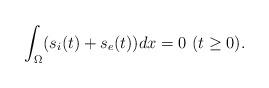
LaTeX: \begin{align*}\int_\Omega(s_i(t)+s_e(t))dx=0~(t\ge0). \end{align*}